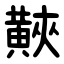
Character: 䵌